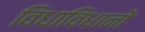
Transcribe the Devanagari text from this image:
विधाविधानों